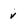
Character: v